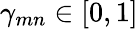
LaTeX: \gamma_{mn}\in[0,1]